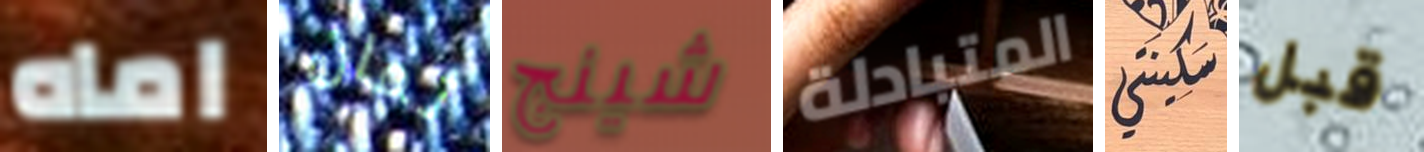
اماه ثمان شينج المتبادلة سكينتي قبل